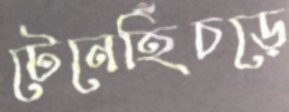
টেনেহিঁচড়ে